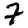
Digit: 7